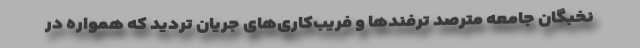
نخبگان جامعه مترصد ترفندها و فریب‌کاری‌های جریان تردید که همواره در